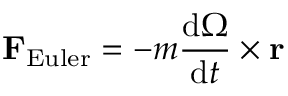
\mathbf { F } _ { \mathrm { E u l e r } } = - m { \frac { \mathrm { d } { \boldsymbol { \Omega } } } { \mathrm { d } t } } \times \mathbf { r }